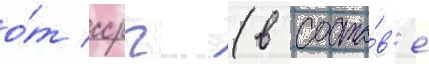
о́т ссрг (в соста́в'е